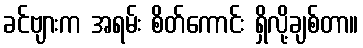
ခင်ဗျားက အရမ်း စိတ်ကောင်း ရှိလို့ချစ်တာ။